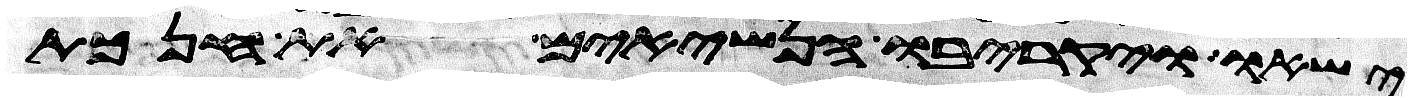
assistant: ישאו ויקריבו הנשיאים את חנכת